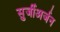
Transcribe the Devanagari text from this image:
सुर्जीअर्जन